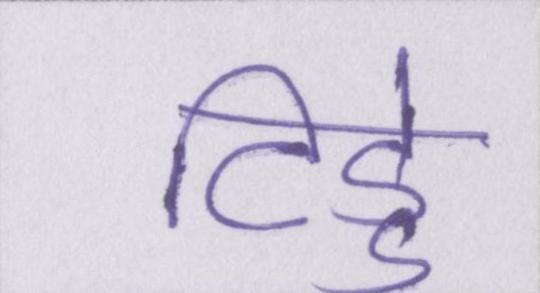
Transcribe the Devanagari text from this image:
टिड्डे